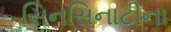
સિનસિનાટીના